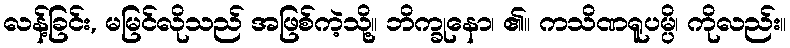
လန့်ခြင်း, မမြင်လိုသည် အဖြစ်ကဲ့သို့။ ဘိက္ခုနော၊ ၏။ ကသိဏရူပမ္ပိ၊ ကိုလည်း။